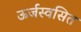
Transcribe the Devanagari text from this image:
ऊर्जस्वसित